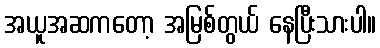
အယူအဆကတော့ အမြစ်တွယ် နေပြီးသားပါ။